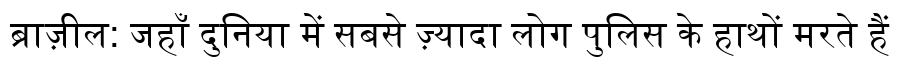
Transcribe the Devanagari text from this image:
ब्राज़ील: जहाँ दुनिया में सबसे ज़्यादा लोग पुलिस के हाथों मरते हैं